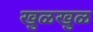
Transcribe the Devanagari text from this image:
खुळखुळ